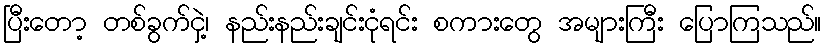
ပြီးတော့ တစ်ခွက်ငှဲ့၊ နည်းနည်းချင်းငုံရင်း စကားတွေ အများကြီး ပြောကြသည်။